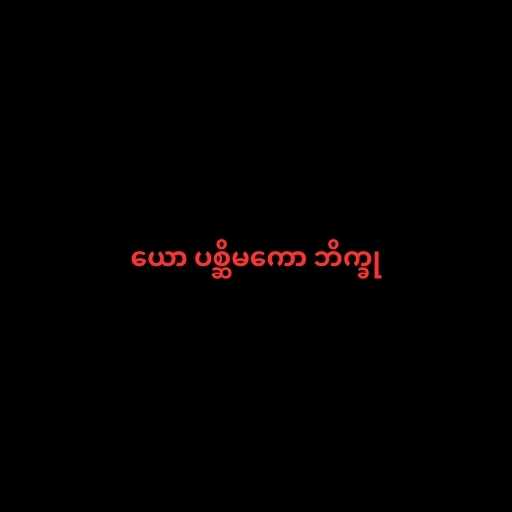
ယော ပစ္ဆိမကော ဘိက္ခု